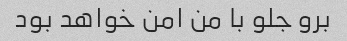
برو جلو با من امن خواهد بود